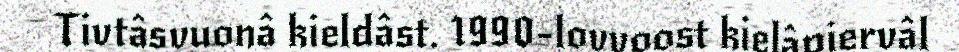
Tivtâsvuonâ kieldâst. 1990-lovvoost kielâpiervâl